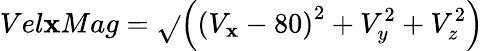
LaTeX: Vel\mathbf{x}Mag=\sqrt{}{{\left(\left(V_{\mathbf{x}}-80\right)^{2}+V_{y}^{2}+V_{z}^{2}\right)}}